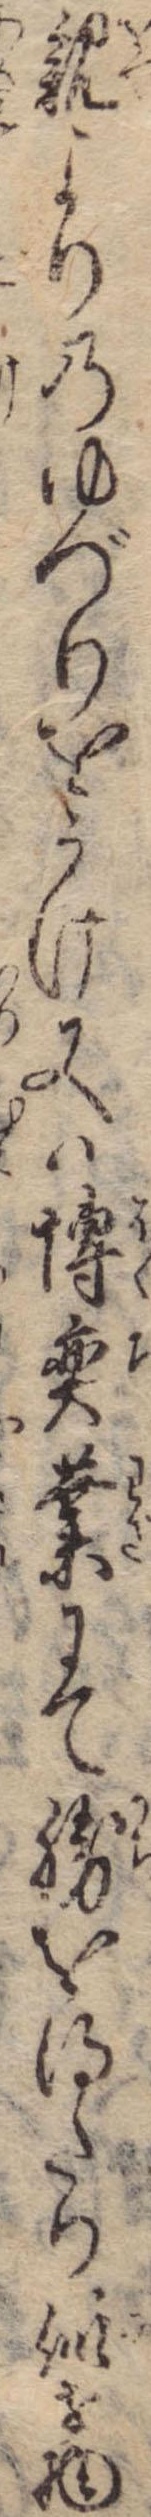
親よりのゆづりをうけ又は博奕業にて勝を得たり似せ物